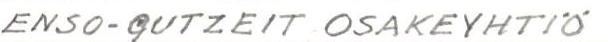
ENSO-GUTZEIT OSAKEYHTIÖ